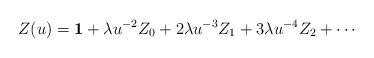
LaTeX: \begin{align*}Z(u)={\bf 1}+\lambda u^{-2}Z_0+2\lambda u^{-3}Z_1+3\lambda u^{-4}Z_2+\cdots\end{align*}